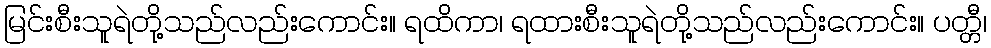
မြင်းစီးသူရဲတို့သည်လည်းကောင်း။ ရထိကာ၊ ရထားစီးသူရဲတို့သည်လည်းကောင်း။ ပတ္တီ၊